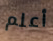
أعلم